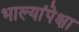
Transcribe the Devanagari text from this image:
भाल्यांपेक्षा